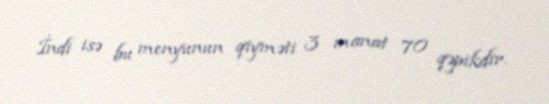
İndi isə bu menyunun qiyməti 3 manat 70 qəpikdir.